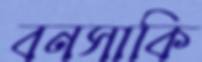
বনসাকি